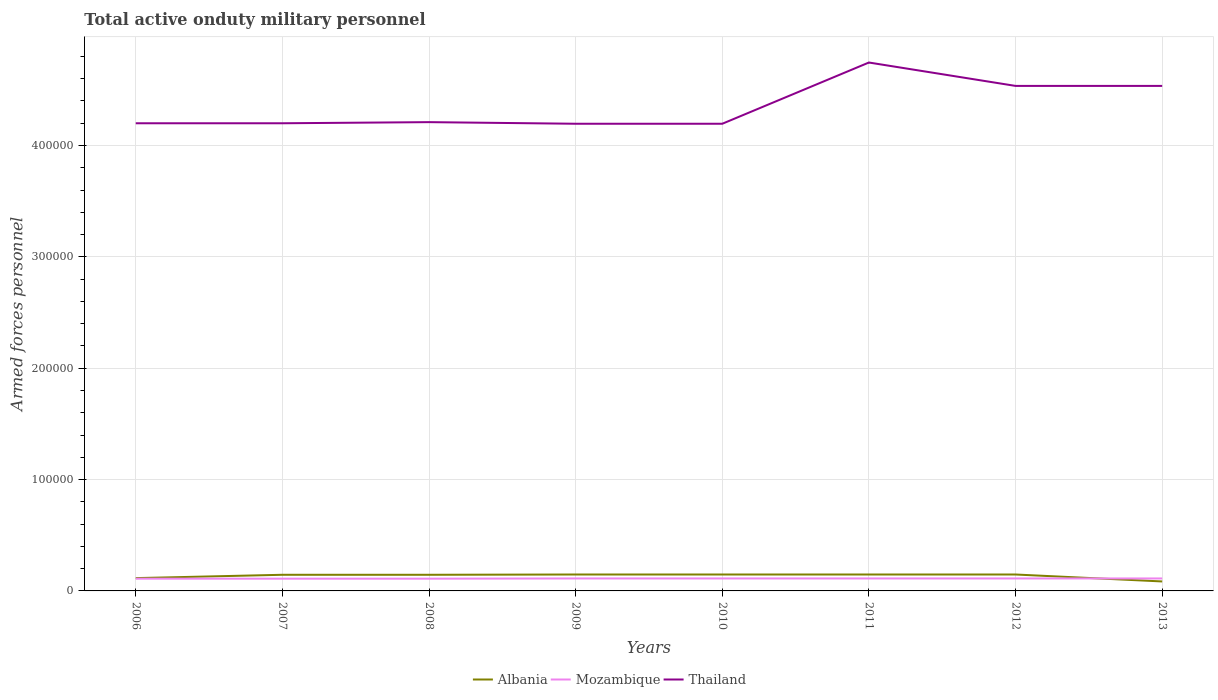
| Years | Albania | Mozambique | Thailand |
 | --- | --- | --- | --- |
 | 2006 | 1.15e+04 | 1.1e+04 | 4.2e+05 |
 | 2007 | 1.45e+04 | 1.1e+04 | 4.2e+05 |
 | 2008 | 1.45e+04 | 1.1e+04 | 4.21e+05 |
 | 2009 | 1.47e+04 | 1.12e+04 | 4.2e+05 |
 | 2010 | 1.47e+04 | 1.12e+04 | 4.2e+05 |
 | 2011 | 1.48e+04 | 1.12e+04 | 4.75e+05 |
 | 2012 | 1.48e+04 | 1.12e+04 | 4.54e+05 |
 | 2013 | 8.5e+03 | 1.12e+04 | 4.54e+05 |